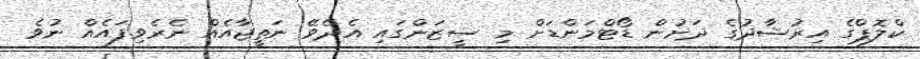
ކްލޮޕްގެ އިރުޝާދުގެ ދަށުން ޑޯޓްމަންޑަށް މި ސީޒަންގައި އެދެވޭ ނަތީޖާއެއް ނެރެވިފައެއް ނުވެ